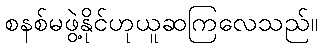
စနစ်မဖွဲ့နိုင်ဟုယူဆကြလေသည်။